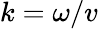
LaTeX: k=\omega/v